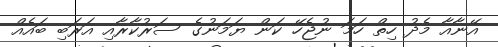
އޭނާއާ މެދު ހިތް ހަމަ ނުޖެހޭ ކަން ޔަމަނުގެ ސަރުކާރާއި އަރަބި ބައެއް